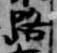
路